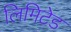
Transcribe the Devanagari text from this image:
लिमिटेड